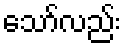
သော်လည်း